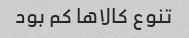
تنوع کالاها کم بود